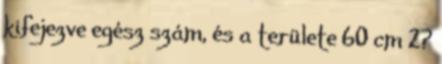
kifejezve egész szám, és a területe 60 cm 2?